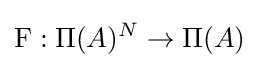
\mathrm {F} :\Pi (A)^{N}\to \Pi (A)